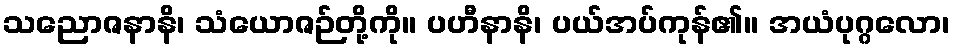
သညောဇနာနိ၊ သံယောဇဉ်တို့ကို။ ပဟီနာနိ၊ ပယ်အပ်ကုန်၏။ အယံပုဂ္ဂလော၊